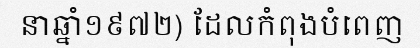
នាឆ្នាំ១៩៧២) ដែលកំពុងបំពេញ